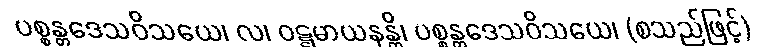
ပစ္စန္တဒေသဝိသယေ၊ လ၊ ဝဋ္ဋမာယနန္တိ၊ ပစ္စန္တဒေသဝိသယေ၊ (စသည်ဖြင့်)